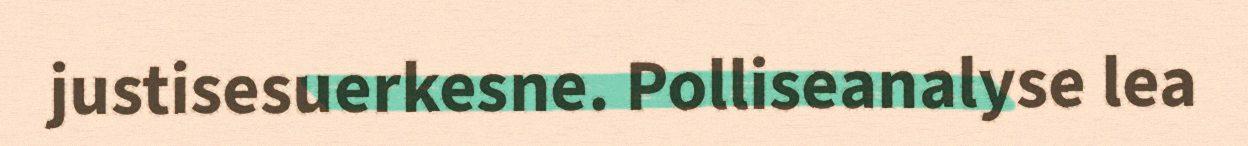
justisesuerkesne. Polliseanalyse lea